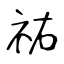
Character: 祐